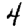
Digit: 4